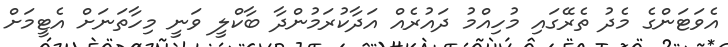
އެވަޓަންގެ މެދު ތެރޭގައި މުހިއްމު ދައުރެއް އަދާކުރަމުންދާ ބާކްލީ ވަނީ މިހާތަނަށް އެޓީމަށް